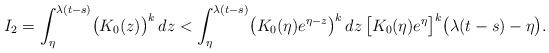
LaTeX: \begin{align*} I_{2}&=\int_{\eta}^{\lambda(t-s)} \bigl(K_{0}(z)\bigr)^{k}\,dz<\int_{\eta}^{\lambda(t-s)}\bigl(K_{0}(\eta)e^{\eta-z} \bigr)^{k}\,dz\,\bigl[K_{0}(\eta)e^{\eta} \bigr]^{k}\bigl(\lambda(t-s)-\eta\bigr).\end{align*}